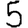
Digit: 5